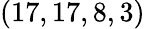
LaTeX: (17,17,8,3)